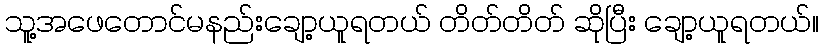
သူ့အဖေတောင်မနည်းချော့ယူရတယ် တိတ်တိတ် ဆိုပြီး ချော့ယူရတယ်။